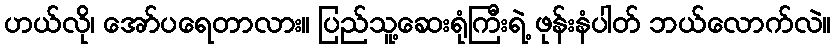
ဟယ်လို၊ အော်ပရေတာလား။ ပြည်သူ့ဆေးရုံကြီးရဲ့ ဖုန်းနံပါတ် ဘယ်လောက်လဲ။